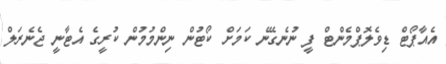
އެއާޕޯޓް ޑިވެލޮޕްމެންޓް ފީ ނުނެގޭނެ ކަމަށް ކޯޓުން ނިންމުމުން ކުރީގެ އެޓާނީ ޖެނެރަލް